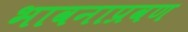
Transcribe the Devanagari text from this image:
भावनाप्रवण